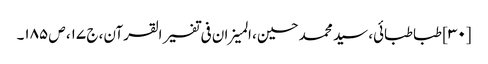
[۳۰] طباطبائی، سید محمد حسین، المیزان فی تفسیر القرآن، ج ۱۷، ص ۱۸۵۔